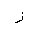
Letter: _zay